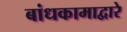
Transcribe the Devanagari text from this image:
बांधकामाद्वारे